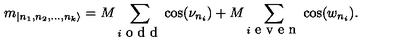
m _ { | n _ { 1 } , n _ { 2 } , \dots , n _ { k } \rangle } = M \sum _ { i \textrm { o d d } } \cos ( \nu _ { n _ { i } } ) + M \sum _ { i \textrm { e v e n } } \cos ( w _ { n _ { i } } ) .